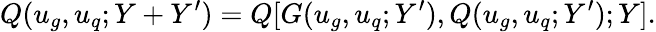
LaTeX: Q(u_{g},u_{q};Y+Y^{\prime})=Q[G(u_{g},u_{q};Y^{\prime}),Q(u_{g},u_{q};Y^{\prime});Y].